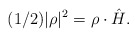
\begin{align*}(1/2)|\rho|^{2}={\rho}\cdot\hat{H}. \end{align*}